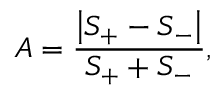
A = \frac { \left| S _ { + } - S _ { - } \right| } { S _ { + } + S _ { - } } ,